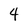
Character: 4